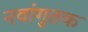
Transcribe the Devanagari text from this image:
नवांगुतक